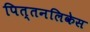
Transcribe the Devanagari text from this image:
पित्तनलिकेस